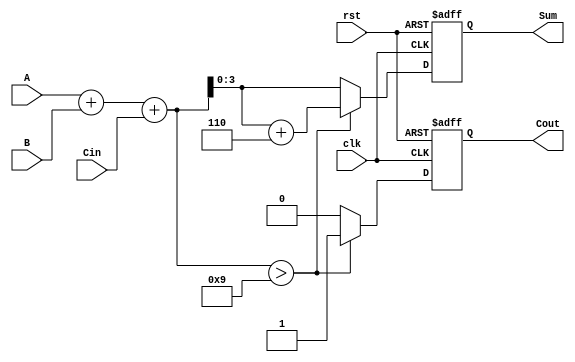
module BCD_Synchronous_Adder (
    input  wire [3:0] A,        // First BCD digit (0-9)
    input  wire [3:0] B,        // Second BCD digit (0-9)
    input  wire Cin,            // Carry-in
    input  wire clk,            // Clock signal
    input  wire rst,            // Reset signal
    output reg  [3:0] Sum,      // BCD sum output
    output reg  Cout            // Carry-out
);

    reg [4:0] intermediate_sum; // 5-bit to hold sum including carry

    always @(posedge clk or posedge rst) begin
        if (rst) begin
            Sum <= 4'b0000;      // Reset Sum
            Cout <= 1'b0;       // Reset Carry-out
        end else begin
            // Step 1: Binary addition
            intermediate_sum = A + B + Cin;

            // Step 2: BCD correction
            if (intermediate_sum > 5'd9) begin
                Sum <= intermediate_sum + 5'd6; // Add 6 for BCD correction
                Cout <= 1'b1; // Set carry-out
            end else begin
                Sum <= intermediate_sum[3:0]; // Use lower 4 bits as sum
                Cout <= 1'b0; // Clear carry-out
            end
        end
    end

endmodule